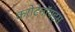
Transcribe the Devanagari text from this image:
करोटेनॉयड्स